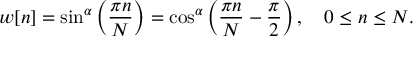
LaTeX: w [ n ] = \sin ^ { \alpha } \left( { \frac { \pi n } { N } } \right) = \cos ^ { \alpha } \left( { \frac { \pi n } { N } } - { \frac { \pi } { 2 } } \right) , \quad 0 \leq n \leq N .